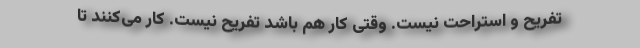
تفریح و استراحت نیست. وقتی کار هم باشد تفریح نیست. کار می‌کنند تا